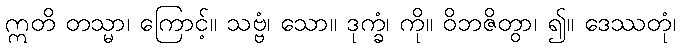
ဣတိ တသ္မာ၊ ကြောင့်။ သဗ္ဗံ၊ သော။ ဒုက္ခံ၊ ကို။ ဝိဘဇိတွာ၊ ၍။ ဒေဿတုံ၊